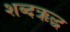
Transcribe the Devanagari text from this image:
शब्दऋद्ध